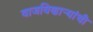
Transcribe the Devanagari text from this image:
वाजविणार्‍यांची